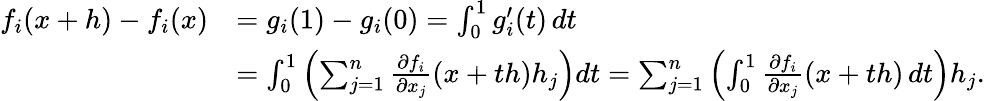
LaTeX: {\begin{array}{rl}{f_{i}(x+h)-f_{i}(x)}&{=g_{i}(1)-g_{i}(0)=\int_{0}^{1}g_{i}^{\prime}(t)\, dt}\\ &{=\int_{0}^{1}\left(\sum_{j=1}^{n}{\frac{\partial f_{i}}{\partial x_{j}}}(x+th)h_{j}\right)dt=\sum_{j=1}^{n}\left(\int_{0}^{1}{\frac{\partial f_{i}}{\partial x_{j}}}(x+th)\, dt\right)h_{j}.}\end{array}}